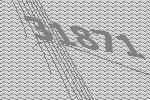
31871